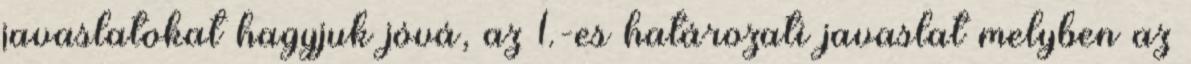
javaslatokat hagyjuk jóvá, az 1.-es határozati javaslat melyben az